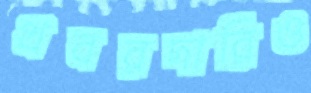
খবরদারিও